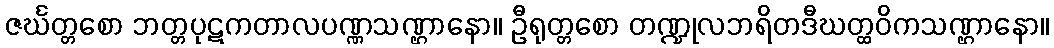
ဇင်္ဃတ္တစော ဘတ္တပုဋကတာလပဏ္ဏသဏ္ဌာနော။ ဦရုတ္တစော တဏ္ဍုလဘရိတဒီဃတ္ထဝိကသဏ္ဌာနော။